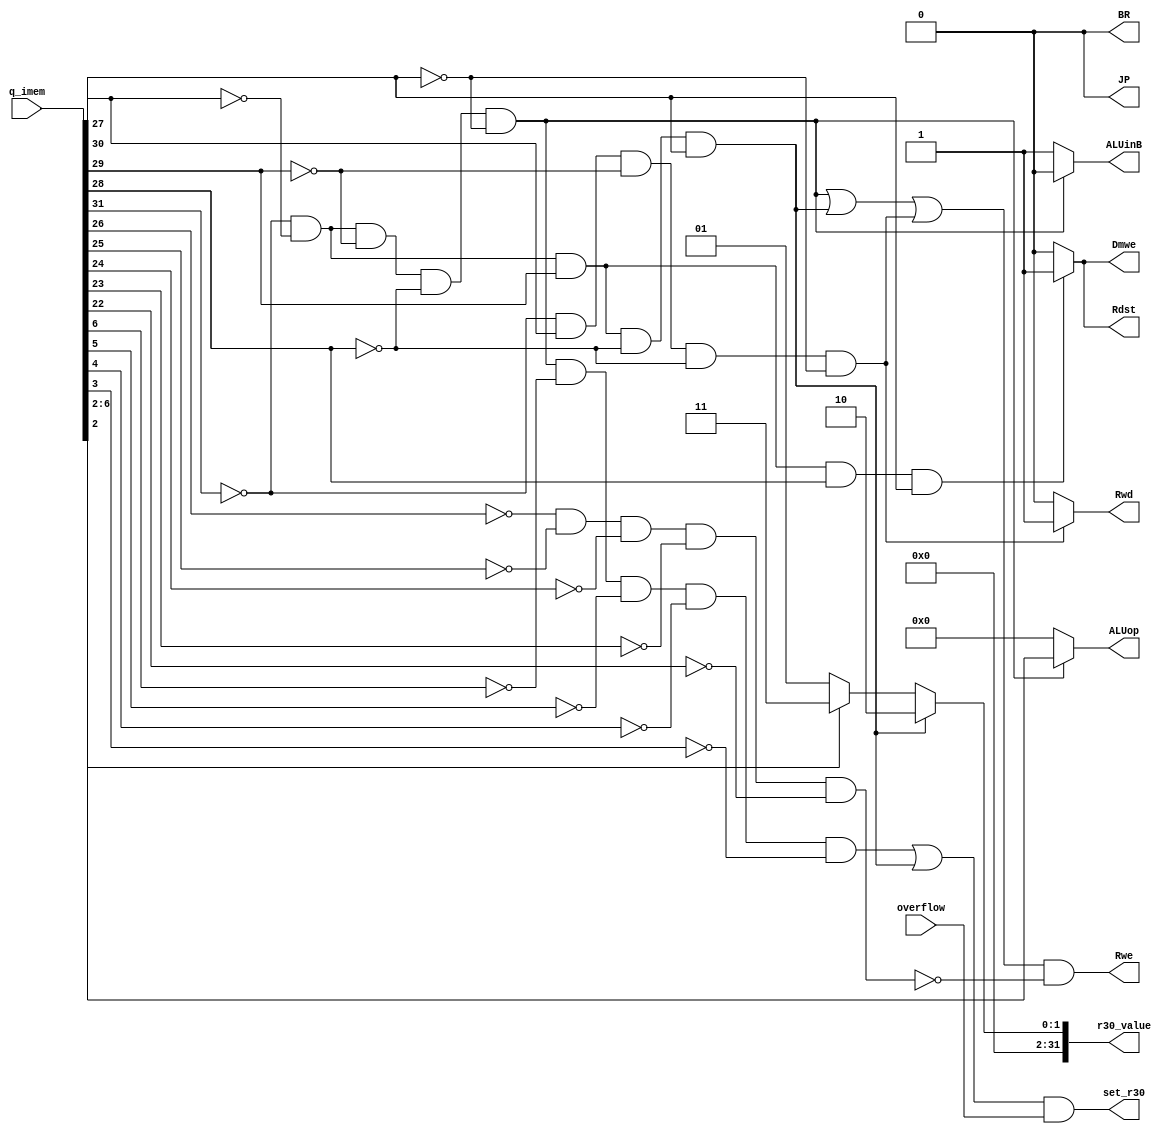
module control_circuit(Rwe, Rdst, ALUinB, ALUop, Dmwe, Rwd, BR, JP, set_r30, r30_value, q_imem, overflow);

	output Rwe, Rdst, ALUinB,  Dmwe, Rwd, BR, JP, set_r30;
	output [4:0] ALUop;
	output [31:0] r30_value;
	input overflow;
	input [31:0] q_imem;
	
	wire s_op_00000, s_addi, s_lw, s_op00000_addi_lw, s_rd_r0, s_sw, add_sub_flag, add_addi_sub_flag;
	wire [31:0] r30_add_sub_value;

	// ALUop
	// s_op_00000 = 1'b1 when q_imem[31:27] == 5'b00000
	and and_s_op_00000(s_op_00000, ~q_imem[31], ~q_imem[30], ~q_imem[29], ~q_imem[28], ~q_imem[27]);
	// ALUop = q_imem[6:2] when s_op_00000 == 1'b1; else ALUop = 5'b00000 
	assign ALUop = s_op_00000 ? q_imem[6:2] : 5'b00000;
	
	// Rwe = 1'b1 when (op == 5'00000 or 5'b00101 or 5'b01000) and Rd(q_imem[26:22]) != 5'b00000
	and and_s_addi(s_addi, ~q_imem[31], ~q_imem[30], q_imem[29], ~q_imem[28], q_imem[27]);
	and and_s_lw(s_lw, ~q_imem[31], q_imem[30], ~q_imem[29], ~q_imem[28], ~q_imem[27]);
	or or_s_op00000_addi_lw(s_op00000_addi_lw, s_op_00000, s_addi, s_lw);
	
	and and_rd_r0(s_rd_r0, ~q_imem[26], ~q_imem[25], ~q_imem[24], ~q_imem[23], ~q_imem[22]);					 
	
	and and_Rwe(Rwe, s_op00000_addi_lw, ~s_rd_r0);
	
	// Rdst = 1'b1 when op == 5'b00111
	and and_sw(s_sw, ~q_imem[31], ~q_imem[30], q_imem[29], q_imem[28], q_imem[27]);
	assign Rdst = s_sw ? 1'b1 : 1'b0;
	
	// ALUinB = 1'b1 when q_imem[31:27] != 5'b00000
	assign ALUinB = ~s_op_00000 ? 1'b1 : 1'b0;
	
	// Dmwe = 1'b1 when op == 5'b00111
	assign Dmwe = s_sw ? 1'b1 : 1'b0;
	
	// Rwd = 1'b1 when op == 5'b01000
	assign Rwd = s_lw ? 1'b1 : 1'b0;
	
	// BR
	assign BR = 1'b0;
	
	// JP
	assign JP = 1'b0;
	
	// !!!overflow : set_r30
	// add_sub_flag = 1'b1 when q_imem[31:27] == 5'b00000 && q_imem[6:3] == 4'b0000
	and and_add_sub_flag(add_sub_flag, s_op_00000, ~q_imem[6], ~q_imem[5], ~q_imem[4], ~q_imem[3]);
	// add_addi_sub_flag = 1'b1 when add_sub_flag || addi_flag
	or or_add_addi_sub_flag(add_addi_sub_flag, add_sub_flag, s_addi);
	// set_r30 = 1'b1 when add_addi_sub_flag && overflow
	and and_set_r30(set_r30, add_addi_sub_flag, overflow);
	
	// !!!overflow : r30_value
	// r30_add_sub_value = 32'd3 when q_imem[2] == 1'b1 --> sub ; else 32'd1
	assign r30_add_sub_value = q_imem[2] ? 32'd3 : 32'd1;
	// r30_value = 32'd2 when addi_flag; else r30_add_sub_value
	assign r30_value = s_addi ? 32'd2 : r30_add_sub_value;
	
	
endmodule